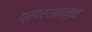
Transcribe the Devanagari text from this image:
प्रदर्शनांमुळे